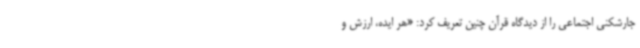
جارشکنی اجتماعی را از دیدگاه قرآن چنین تعریف کرد: «هر ایده، ارزش و